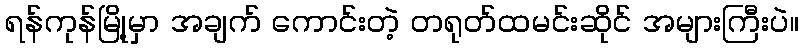
ရန်ကုန်မြို့မှာ အချက် ကောင်းတဲ့ တရုတ်ထမင်းဆိုင် အများကြီးပဲ။